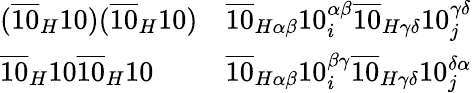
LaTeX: {\begin{array}{ll}{({\overline{{10}}}_{H}10)({\overline{{10}}}_{H}10)}&{{\overline{{10}}}_{H\alpha\beta}10_{i}^{\alpha\beta}{\overline{{10}}}_{H\gamma\delta}10_{j}^{\gamma\delta}}\\ {{\overline{{10}}}_{H}10{\overline{{10}}}_{H}10}&{{\overline{{10}}}_{H\alpha\beta}10_{i}^{\beta\gamma}{\overline{{10}}}_{H\gamma\delta}10_{j}^{\delta\alpha}}\end{array}}